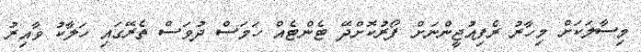
މިސާލަކަށް މިހާރު ރެފިއުޖީންނަށް ފޯރުކޮށްދޭ ޓެންޓެއް ހަމަސް ދުވަސް ތެރޭގައި ހަލާކު ވާއިރު